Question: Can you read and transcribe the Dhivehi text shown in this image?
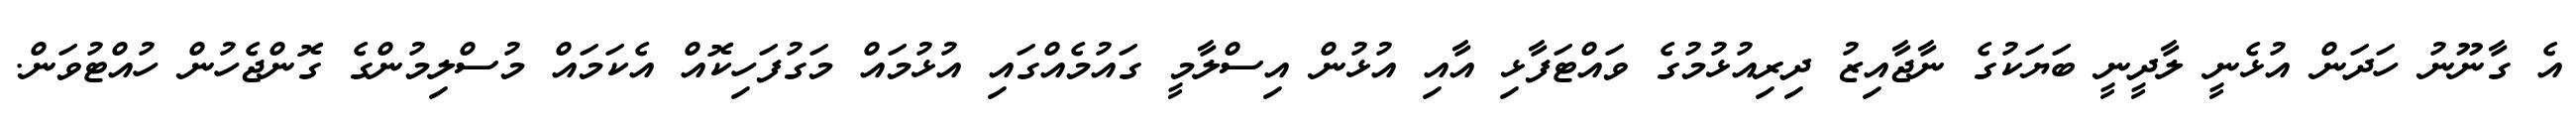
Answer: އެ ގާނޫނު ހަދަން އުޅެނީ ލާދީނީ ބަޔަކުގެ ނާޖާއިޒު ދިރިއުޅުމުގެ ވައްޓަފާޅި އާއި އުޅުން އިސްލާމީ ގައުމެއްގައި އުޅުމައް މަގުފަހިކޮއް އެކަމައް މުސްލިމުންގެ ގޮންޖެހުން ހުއްޓުވަން.